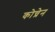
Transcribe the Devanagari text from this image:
कोच्रेन